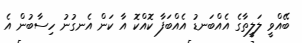
ބޭއްވީ ލަލީތާގެ އެއްބަނޑު އެއްބަފާ ކޮއްކޮ އާ ކަން އެނގުނު ހިސާބުން އެ